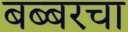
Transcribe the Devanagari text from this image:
बब्बरचा